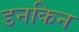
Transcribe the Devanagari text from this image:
डनकिन